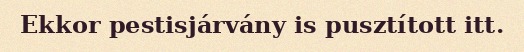
Ekkor pestisjárvány is pusztított itt.